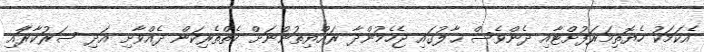
އެކަމަކު ހެޔޮތިމަރަފުށްޓާއި ދެންވެސް ޙާލުގައި ޖެހެމުންދާ ރައްޔިތުންނަށް ކެތްތެރިކަން ދެއްވާށި އަދި ސަރުކާރަާއި